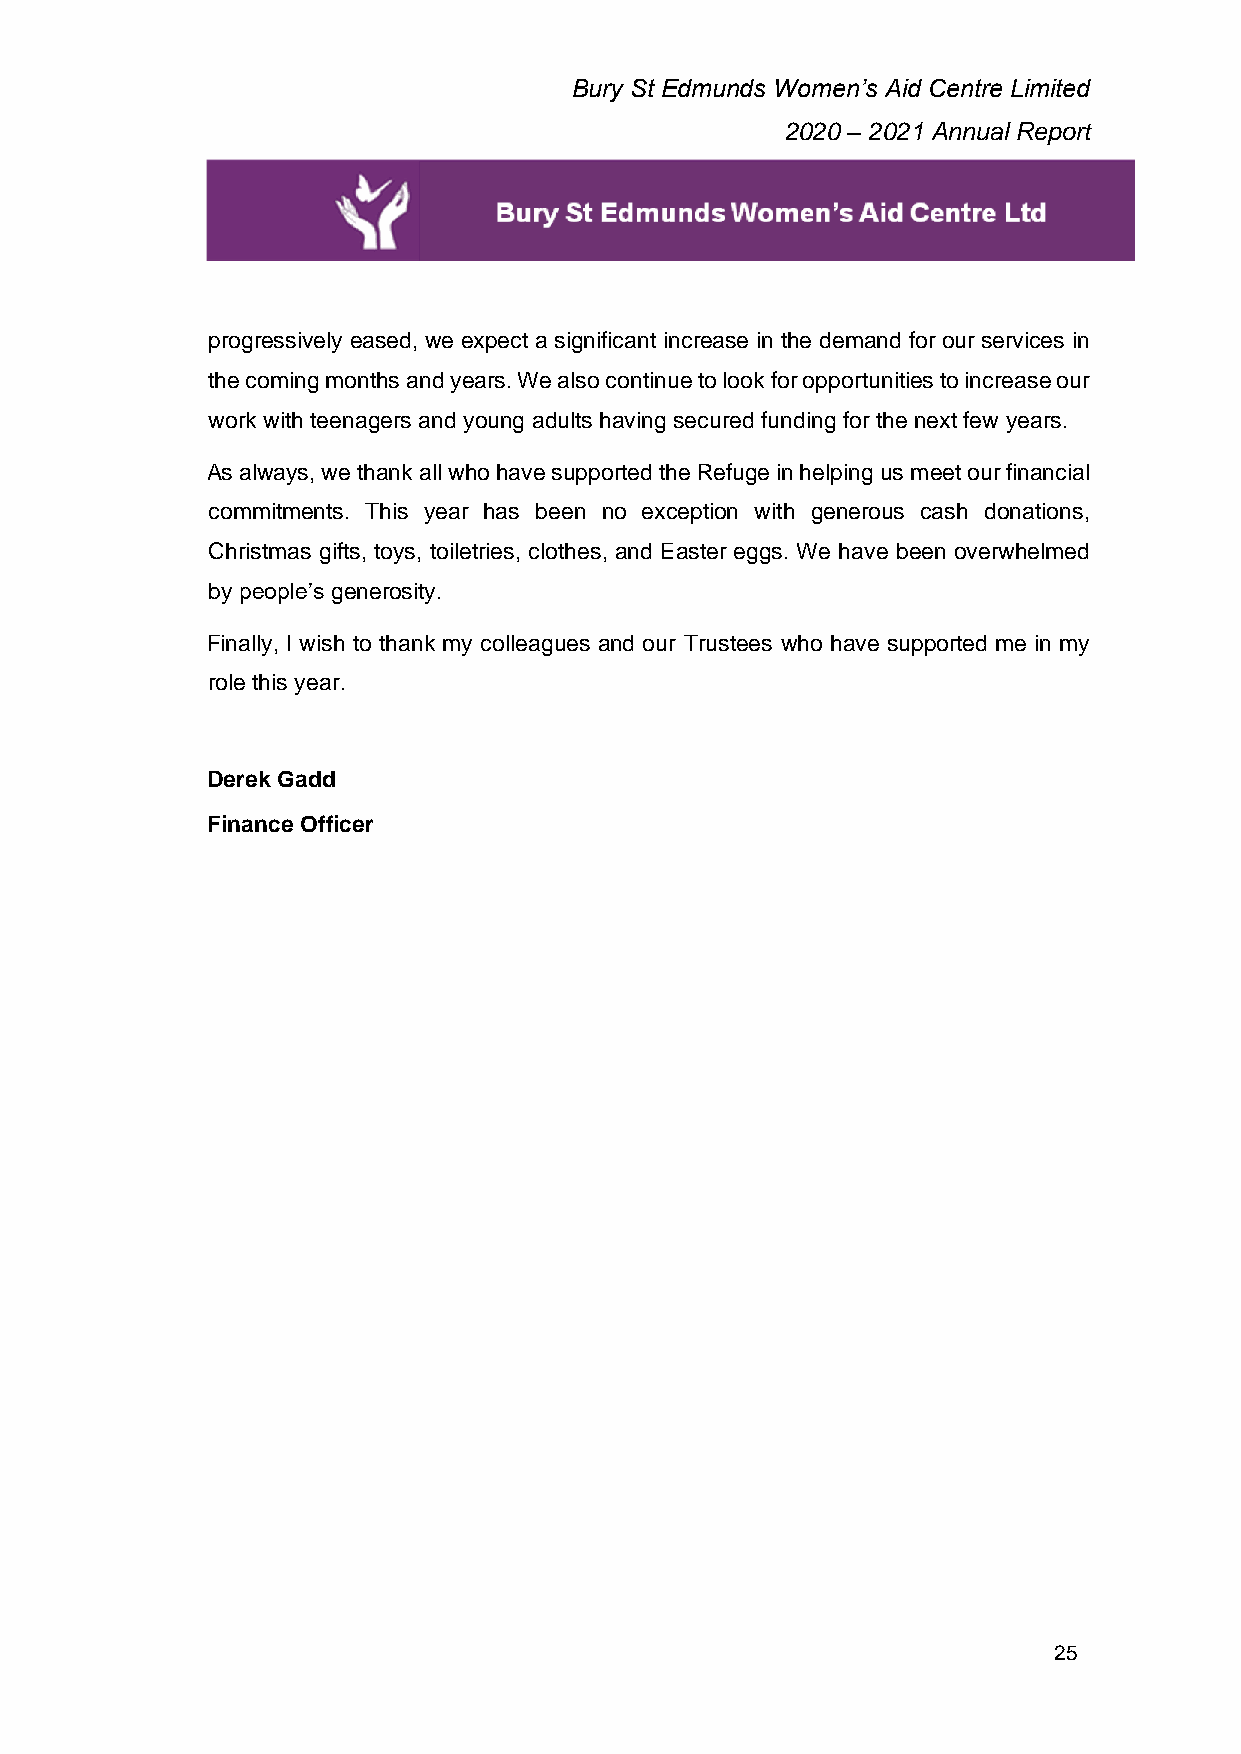
Bury St Edmunds Women’s Aid Centre Limited
 2020 – 2021 Annual Report
 progressively eased, we expect a significant increase in the demand for our services in
 the coming months and years. We also continue to look for opportunities to increase our
 work with teenagers and young adults having secured funding for the next few years.
 As always, we thank all who have supported the Refuge in helping us meet our financial
 commitments. This year has been no exception with generous cash donations,
 Christmas gifts, toys, toiletries, clothes, and Easter eggs. We have been overwhelmed
 by people’s generosity.
 Finally, I wish to thank my colleagues and our Trustees who have supported me in my
 role this year.
 Derek Gadd
 Finance Officer
 25